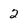
Character: 2